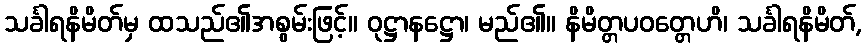
သင်္ခါရနိမိတ်မှ ထသည်၏အစွမ်းဖြင့်။ ဝုဋ္ဌာနဋ္ဌော၊ မည်၏။ နိမိတ္တပဝတ္တေဟိ၊ သင်္ခါရနိမိတ်,